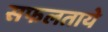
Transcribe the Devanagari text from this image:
सफलताये